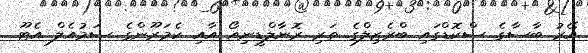
އޭރު ބާސާގެ ސްކޮޑްގައި ބްރެޒިލްގެ ތަރި ރޮނާލްޑީނިއޯ އާއި ކެމަރޫންގެ ސަމުއެލް އެޓޫ